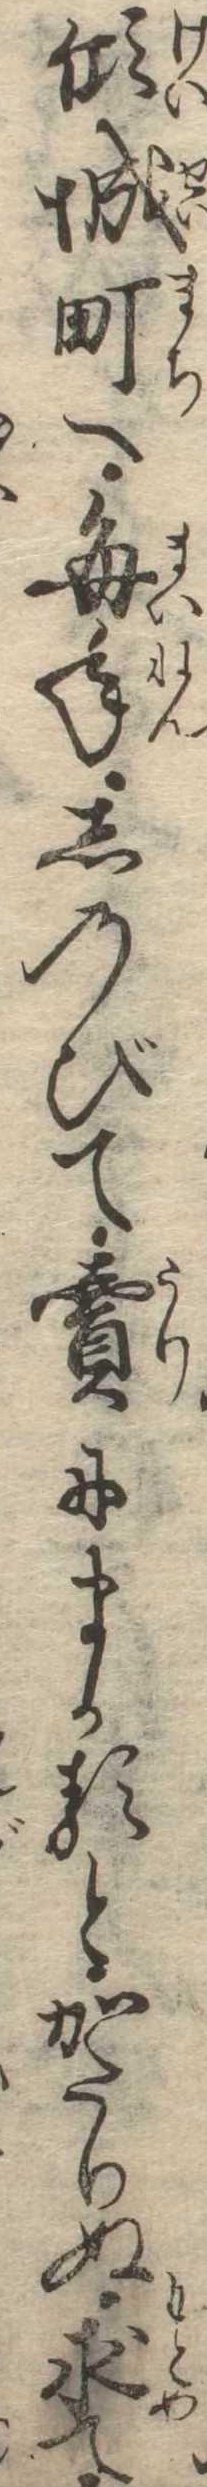
傾城町へ毎年しのびて売にまかるとかたりぬ求て